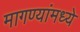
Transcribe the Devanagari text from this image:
मागण्यांमध्ये